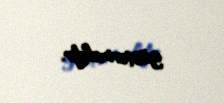
göstərməkdir.